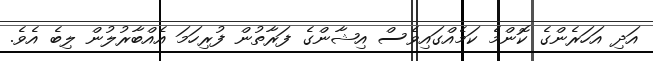
އަދި އަހަރެންގެ ކޮންމެ ކަމެއްގައިވެސް އިޝާންގެ ފަރާތުން ފުރިހަމަ އެއްބާރުލުން ލިބެ އެވެ.